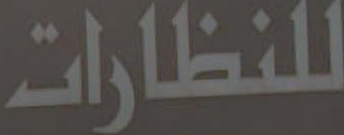
للنظارات